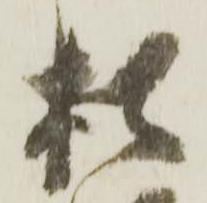
松